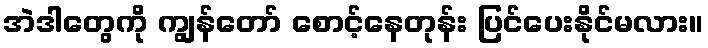
အဲဒါတွေကို ကျွန်တော် စောင့်နေတုန်း ပြင်ပေးနိုင်မလား။